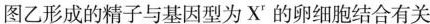
图乙形成的精子与基因型为X'的卵细胞结合有关